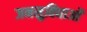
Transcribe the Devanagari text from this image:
जनसुविधाओं